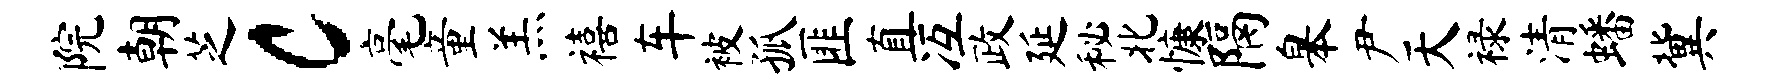
院朝芝c毫童羔禧车被孤匪直冱政延秘北慷隔皋尹天禄清蟠冀